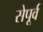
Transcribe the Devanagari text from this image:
सेपूर्व